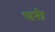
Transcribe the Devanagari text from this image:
थशे